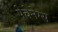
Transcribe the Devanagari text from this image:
पेचेनेग्स